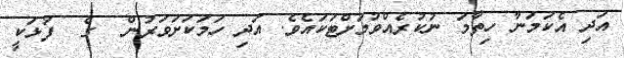
އަދި އެކަމަނާ ހިތާމަ ނުކުރެއްވުމަށްޓަކައެވެ. އަދި ހަމަކަށަވަރުން  ގެ  ފުޅަކީ